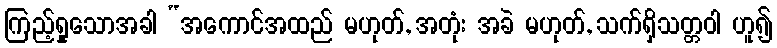
ကြည့်ရှုသောအခါ “အကောင်အထည် မဟုတ်, အတုံး အခဲ မဟုတ်, သက်ရှိသတ္တဝါ ဟူ၍